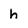
Character: h